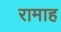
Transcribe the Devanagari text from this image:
रामाह